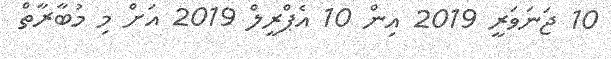
10 ޖަނަވަރީ 2019 އިން 10 އެޕްރީލް 2019 އަށް މި މުބާރާތް